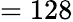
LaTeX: =128